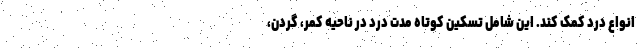
انواع درد کمک کند. این شامل تسکین کوتاه مدت درد در ناحیه کمر، گردن،